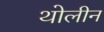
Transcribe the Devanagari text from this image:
थोलीन